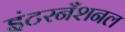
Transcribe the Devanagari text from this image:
इंटरनँशनल